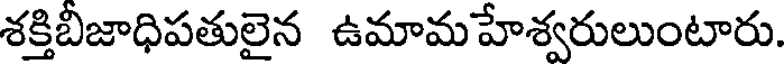
శక్తిబిజాధిపతులైన ఉమామహేశ్వరులుంటారు.